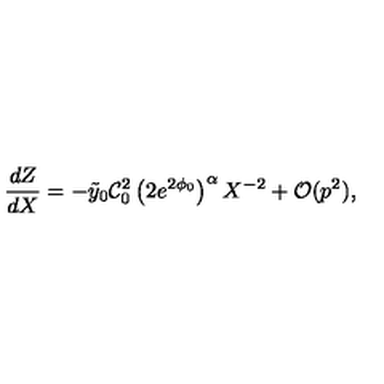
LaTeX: \frac { d Z } { d X } = - \tilde { y } _ { 0 } \mathcal { C } _ { 0 } ^ { 2 } \left( 2 e ^ { 2 \phi _ { 0 } } \right) ^ { \alpha } X ^ { - 2 } + \mathcal { O } ( p ^ { 2 } ) ,